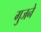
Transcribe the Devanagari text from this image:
गुजने